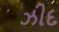
ઝીદ